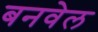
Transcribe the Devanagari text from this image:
बनवेल